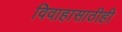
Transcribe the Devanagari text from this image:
विवाहासाठीही